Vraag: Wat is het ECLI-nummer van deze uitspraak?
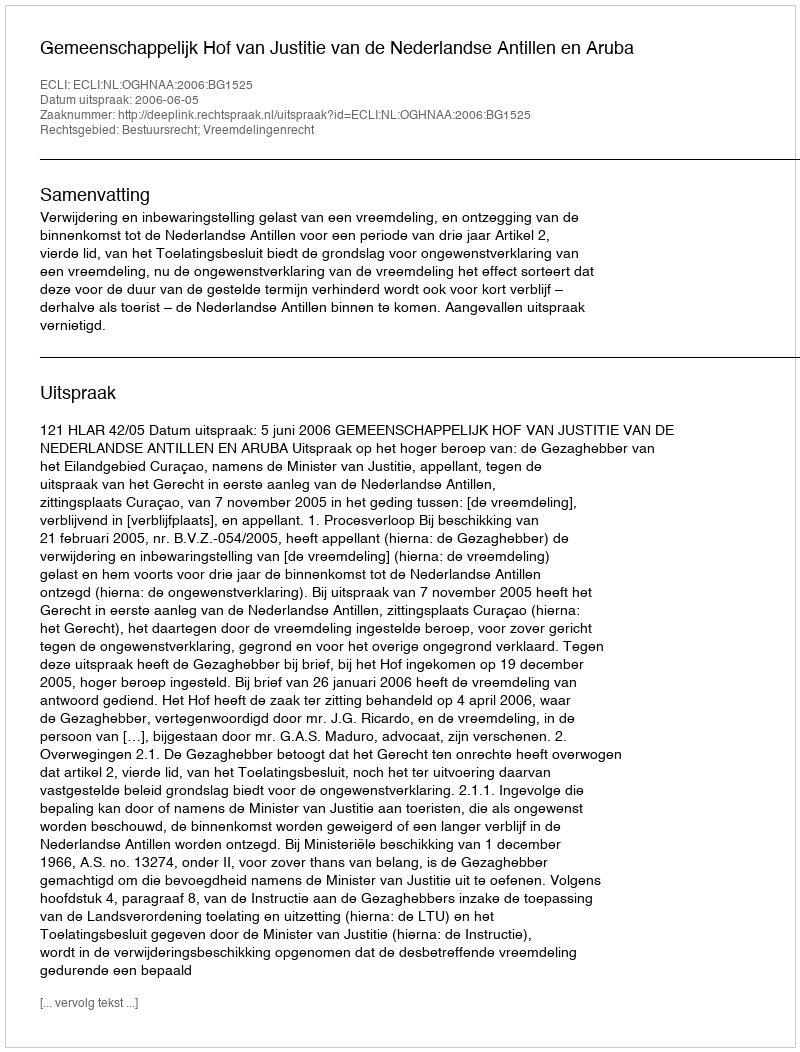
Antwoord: ECLI:NL:OGHNAA:2006:BG1525